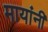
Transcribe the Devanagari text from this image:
मायांनी